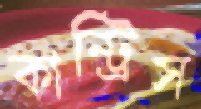
কান্ট্রিস